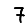
Digit: 7